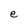
Character: e